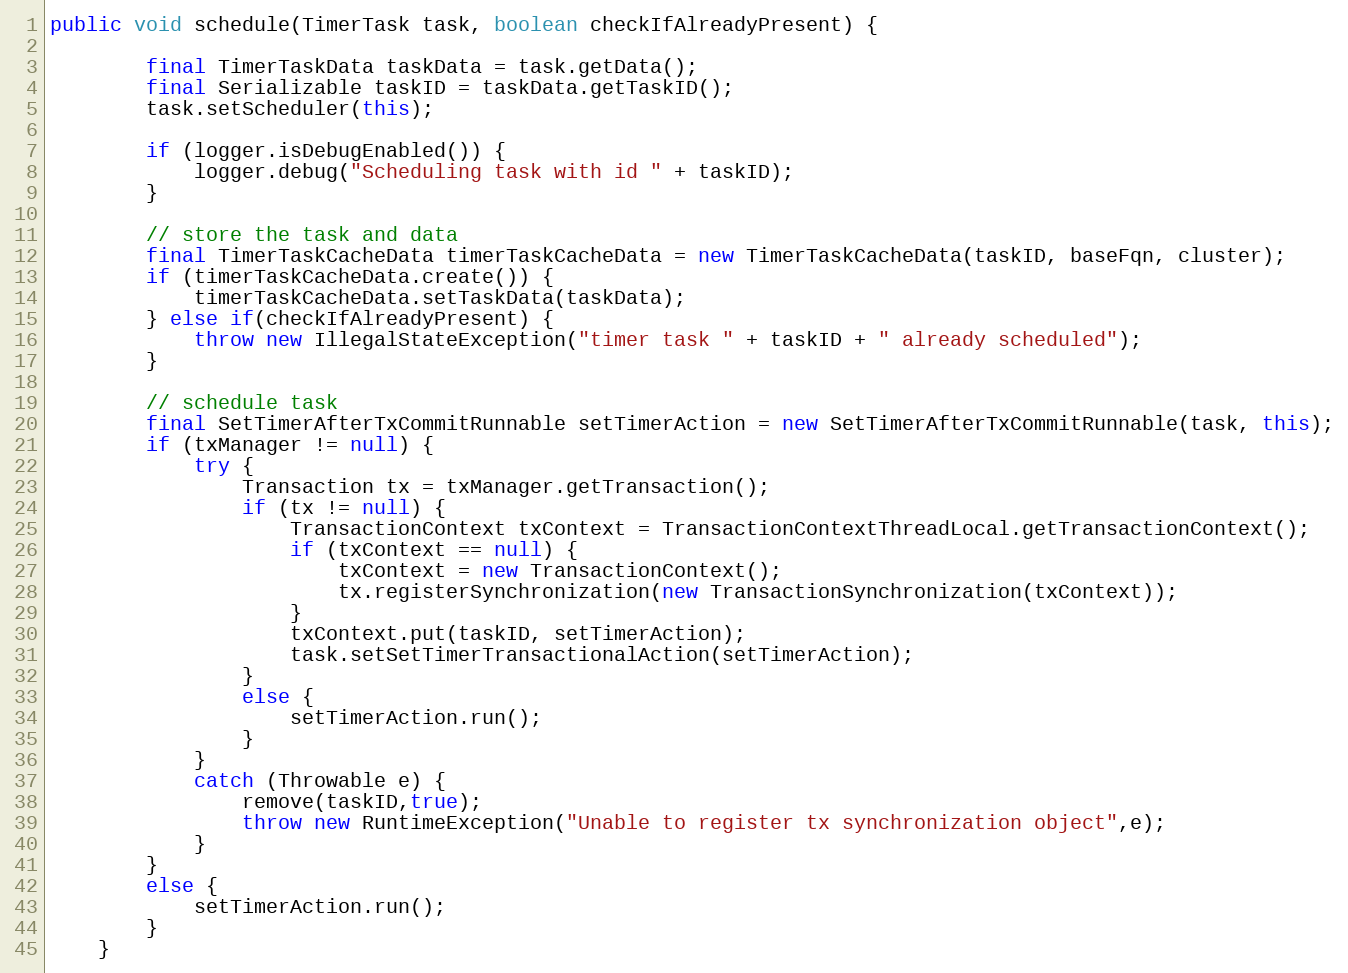
Language: Java
public void schedule(TimerTask task, boolean checkIfAlreadyPresent) {

		final TimerTaskData taskData = task.getData();
		final Serializable taskID = taskData.getTaskID();
		task.setScheduler(this);

		if (logger.isDebugEnabled()) {
			logger.debug("Scheduling task with id " + taskID);
		}

		// store the task and data
		final TimerTaskCacheData timerTaskCacheData = new TimerTaskCacheData(taskID, baseFqn, cluster);
		if (timerTaskCacheData.create()) {
			timerTaskCacheData.setTaskData(taskData);
		} else if(checkIfAlreadyPresent) {
            throw new IllegalStateException("timer task " + taskID + " already scheduled");
		}

		// schedule task
		final SetTimerAfterTxCommitRunnable setTimerAction = new SetTimerAfterTxCommitRunnable(task, this);
		if (txManager != null) {
			try {
				Transaction tx = txManager.getTransaction();
				if (tx != null) {
					TransactionContext txContext = TransactionContextThreadLocal.getTransactionContext();
					if (txContext == null) {
						txContext = new TransactionContext();
						tx.registerSynchronization(new TransactionSynchronization(txContext));
					}
					txContext.put(taskID, setTimerAction);
					task.setSetTimerTransactionalAction(setTimerAction);
				}
				else {
					setTimerAction.run();
				}
			}
			catch (Throwable e) {
				remove(taskID,true);
				throw new RuntimeException("Unable to register tx synchronization object",e);
			}
		}
		else {
			setTimerAction.run();
		}
	}